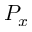
P _ { x }